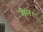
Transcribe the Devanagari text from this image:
मेल।